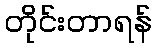
တိုင်းတာရန်